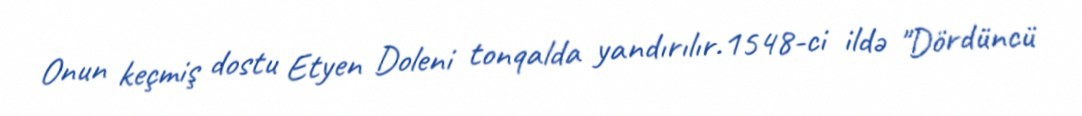
Onun keçmiş dostu Etyen Doleni tonqalda yandırılır.1548-ci ildə "Dördüncü